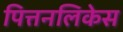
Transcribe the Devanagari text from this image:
पित्तनलिकेस